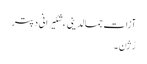
آزات جمالدینی ءِ شئیرانی دپتر
رُژن ۔